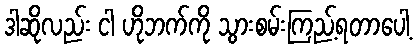
ဒါဆိုလည်း ငါ ဟိုဘက်ကို သွားစမ်းကြည့်ရတာပေါ့